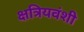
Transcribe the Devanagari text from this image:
क्षत्रियवंशी